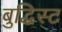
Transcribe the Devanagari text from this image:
बुद्धिस्ट